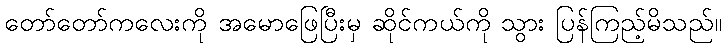
တော်တော်ကလေးကို အမောဖြေပြီးမှ ဆိုင်ကယ်ကို သွား ပြန်ကြည့်မိသည်။